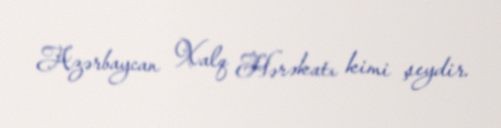
Azərbaycan Xalq Hərəkatı kimi şeydir.